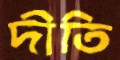
দীতি